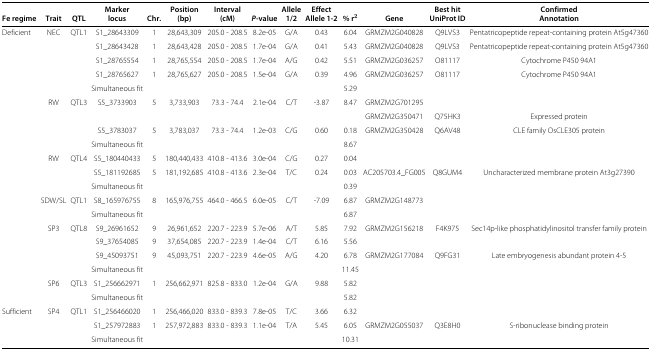
<table><thead><tr><td>[EMPTY_CELL]</td><td>[EMPTY_CELL]</td><td>[EMPTY_CELL]</td><td><b>Marker</b></td><td>[EMPTY_CELL]</td><td><b>Position</b></td><td><b>Interval</b></td><td>[EMPTY_CELL]</td><td><b>Allele</b></td><td><b>Effect</b></td><td>[EMPTY_CELL]</td><td>[EMPTY_CELL]</td><td><b>Best hit</b></td><td><b>Confirmed</b></td></tr><tr><td><b>Fe regime</b></td><td><b>Trait</b></td><td><b>QTL</b></td><td><b>locus</b></td><td><b>Chr.</b></td><td><b>(bp)</b></td><td><b>(cM)</b></td><td><b><i>P</i>-value</b></td><td><b>1/2</b></td><td><b>Allele 1-2</b></td><td><b>% r<sup>2</sup></b></td><td><b>Gene</b></td><td><b>UniProt ID</b></td><td><b>Annotation</b></td></tr></thead><tbody><tr><td>Deficient</td><td>NEC</td><td>QTL1</td><td>S1_28643309</td><td>1</td><td>28,643,309</td><td>205.0 - 208.5</td><td>8.2e-05</td><td>G/A</td><td>0.43</td><td>6.04</td><td>GRMZM2G040828</td><td>Q9LVS3</td><td>Pentatricopeptide repeat-containing protein At5g47360</td></tr><tr><td>[EMPTY_CELL]</td><td>[EMPTY_CELL]</td><td>[EMPTY_CELL]</td><td>S1_28643428</td><td>1</td><td>28,643,428</td><td>205.0 - 208.5</td><td>1.7e-04</td><td>G/A</td><td>0.41</td><td>5.43</td><td>GRMZM2G040828</td><td>Q9LVS3</td><td>Pentatricopeptide repeat-containing protein At5g47360</td></tr><tr><td>[EMPTY_CELL]</td><td>[EMPTY_CELL]</td><td>[EMPTY_CELL]</td><td>S1_28765554</td><td>1</td><td>28,765,554</td><td>205.0 - 208.5</td><td>1.7e-04</td><td>A/G</td><td>0.42</td><td>5.51</td><td>GRMZM2G036257</td><td>O81117</td><td>Cytochrome P450 94A1</td></tr><tr><td>[EMPTY_CELL]</td><td>[EMPTY_CELL]</td><td>[EMPTY_CELL]</td><td>S1_28765627</td><td>1</td><td>28,765,627</td><td>205.0 - 208.5</td><td>1.5e-04</td><td>G/A</td><td>0.39</td><td>4.96</td><td>GRMZM2G036257</td><td>O81117</td><td>Cytochrome P450 94A1</td></tr><tr><td>[EMPTY_CELL]</td><td>[EMPTY_CELL]</td><td>[EMPTY_CELL]</td><td>Simultaneous fit</td><td>[EMPTY_CELL]</td><td>[EMPTY_CELL]</td><td>[EMPTY_CELL]</td><td>[EMPTY_CELL]</td><td>[EMPTY_CELL]</td><td>[EMPTY_CELL]</td><td>5.29</td><td>[EMPTY_CELL]</td><td>[EMPTY_CELL]</td><td>[EMPTY_CELL]</td></tr><tr><td>[EMPTY_CELL]</td><td>RW</td><td>QTL3</td><td>S5_3733903</td><td>5</td><td>3,733,903</td><td>73.3 - 74.4</td><td>2.1e-04</td><td>C/T</td><td>-3.87</td><td>8.47</td><td>GRMZM2G701295</td><td>[EMPTY_CELL]</td><td>[EMPTY_CELL]</td></tr><tr><td>[EMPTY_CELL]</td><td>[EMPTY_CELL]</td><td>[EMPTY_CELL]</td><td>[EMPTY_CELL]</td><td>[EMPTY_CELL]</td><td>[EMPTY_CELL]</td><td>[EMPTY_CELL]</td><td>[EMPTY_CELL]</td><td>[EMPTY_CELL]</td><td>[EMPTY_CELL]</td><td>[EMPTY_CELL]</td><td>GRMZM2G350471</td><td>Q75HK3</td><td>Expressed protein</td></tr><tr><td>[EMPTY_CELL]</td><td>[EMPTY_CELL]</td><td>[EMPTY_CELL]</td><td>S5_3783037</td><td>5</td><td>3,783,037</td><td>73.3 - 74.4</td><td>1.2e-03</td><td>C/G</td><td>0.60</td><td>0.18</td><td>GRMZM2G350428</td><td>Q6AV48</td><td>CLE family OsCLE305 protein</td></tr><tr><td>[EMPTY_CELL]</td><td>[EMPTY_CELL]</td><td>[EMPTY_CELL]</td><td>Simultaneous fit</td><td>[EMPTY_CELL]</td><td>[EMPTY_CELL]</td><td>[EMPTY_CELL]</td><td>[EMPTY_CELL]</td><td>[EMPTY_CELL]</td><td>[EMPTY_CELL]</td><td>8.67</td><td>[EMPTY_CELL]</td><td>[EMPTY_CELL]</td><td>[EMPTY_CELL]</td></tr><tr><td>[EMPTY_CELL]</td><td>RW</td><td>QTL4</td><td>S5_180440433</td><td>5</td><td>180,440,433</td><td>410.8 - 413.6</td><td>3.0e-04</td><td>C/G</td><td>0.27</td><td>0.04</td><td>[EMPTY_CELL]</td><td>[EMPTY_CELL]</td><td>[EMPTY_CELL]</td></tr><tr><td>[EMPTY_CELL]</td><td>[EMPTY_CELL]</td><td>[EMPTY_CELL]</td><td>S5_181192685</td><td>5</td><td>181,192,685</td><td>410.8 - 413.6</td><td>2.3e-04</td><td>T/C</td><td>0.24</td><td>0.03</td><td>AC205703.4_FG005</td><td>Q8GUM4</td><td>Uncharacterized membrane protein At3g27390</td></tr><tr><td>[EMPTY_CELL]</td><td>[EMPTY_CELL]</td><td>[EMPTY_CELL]</td><td>Simultaneous fit</td><td>[EMPTY_CELL]</td><td>[EMPTY_CELL]</td><td>[EMPTY_CELL]</td><td>[EMPTY_CELL]</td><td>[EMPTY_CELL]</td><td>[EMPTY_CELL]</td><td>0.39</td><td>[EMPTY_CELL]</td><td>[EMPTY_CELL]</td><td>[EMPTY_CELL]</td></tr><tr><td>[EMPTY_CELL]</td><td>SDW/SL</td><td>QTL1</td><td>S8_165976755</td><td>8</td><td>165,976,755</td><td>464.0 - 466.5</td><td>6.0e-05</td><td>C/T</td><td>-7.09</td><td>6.87</td><td>GRMZM2G148773</td><td>[EMPTY_CELL]</td><td>[EMPTY_CELL]</td></tr><tr><td>[EMPTY_CELL]</td><td>[EMPTY_CELL]</td><td>[EMPTY_CELL]</td><td>Simultaneous fit</td><td>[EMPTY_CELL]</td><td>[EMPTY_CELL]</td><td>[EMPTY_CELL]</td><td>[EMPTY_CELL]</td><td>[EMPTY_CELL]</td><td>[EMPTY_CELL]</td><td>6.87</td><td>[EMPTY_CELL]</td><td>[EMPTY_CELL]</td><td>[EMPTY_CELL]</td></tr><tr><td>[EMPTY_CELL]</td><td>SP3</td><td>QTL8</td><td>S9_26961652</td><td>9</td><td>26,961,652</td><td>220.7 - 223.9</td><td>5.7e-06</td><td>A/T</td><td>5.85</td><td>7.92</td><td>GRMZM2G156218</td><td>F4K975</td><td>Sec14p-like phosphatidylinositol transfer family protein</td></tr><tr><td>[EMPTY_CELL]</td><td>[EMPTY_CELL]</td><td>[EMPTY_CELL]</td><td>S9_37654085</td><td>9</td><td>37,654,085</td><td>220.7 - 223.9</td><td>1.4e-04</td><td>C/T</td><td>6.16</td><td>5.56</td><td>[EMPTY_CELL]</td><td>[EMPTY_CELL]</td><td>[EMPTY_CELL]</td></tr><tr><td>[EMPTY_CELL]</td><td>[EMPTY_CELL]</td><td>[EMPTY_CELL]</td><td>S9_45093751</td><td>9</td><td>45,093,751</td><td>220.7 - 223.9</td><td>4.6e-05</td><td>A/G</td><td>4.20</td><td>6.78</td><td>GRMZM2G177084</td><td>Q9FG31</td><td>Late embryogenesis abundant protein 4-5</td></tr><tr><td>[EMPTY_CELL]</td><td>[EMPTY_CELL]</td><td>[EMPTY_CELL]</td><td>Simultaneous fit</td><td>[EMPTY_CELL]</td><td>[EMPTY_CELL]</td><td>[EMPTY_CELL]</td><td>[EMPTY_CELL]</td><td>[EMPTY_CELL]</td><td>[EMPTY_CELL]</td><td>11.45</td><td>[EMPTY_CELL]</td><td>[EMPTY_CELL]</td><td>[EMPTY_CELL]</td></tr><tr><td>[EMPTY_CELL]</td><td>SP6</td><td>QTL3</td><td>S1_256662971</td><td>1</td><td>256,662,971</td><td>825.8 - 833.0</td><td>1.2e-04</td><td>G/A</td><td>9.88</td><td>5.82</td><td>[EMPTY_CELL]</td><td>[EMPTY_CELL]</td><td>[EMPTY_CELL]</td></tr><tr><td>[EMPTY_CELL]</td><td>[EMPTY_CELL]</td><td>[EMPTY_CELL]</td><td>Simultaneous fit</td><td>[EMPTY_CELL]</td><td>[EMPTY_CELL]</td><td>[EMPTY_CELL]</td><td>[EMPTY_CELL]</td><td>[EMPTY_CELL]</td><td>[EMPTY_CELL]</td><td>5.82</td><td>[EMPTY_CELL]</td><td>[EMPTY_CELL]</td><td>[EMPTY_CELL]</td></tr><tr><td>Sufficient</td><td>SP4</td><td>QTL1</td><td>S1_256466020</td><td>1</td><td>256,466,020</td><td>833.0 - 839.3</td><td>7.8e-05</td><td>T/C</td><td>3.66</td><td>6.32</td><td>[EMPTY_CELL]</td><td>[EMPTY_CELL]</td><td>[EMPTY_CELL]</td></tr><tr><td>[EMPTY_CELL]</td><td>[EMPTY_CELL]</td><td>[EMPTY_CELL]</td><td>S1_257972883</td><td>1</td><td>257,972,883</td><td>833.0 - 839.3</td><td>1.1e-04</td><td>T/A</td><td>5.45</td><td>6.05</td><td>GRMZM2G055037</td><td>Q3E8H0</td><td>S-ribonuclease binding protein</td></tr><tr><td>[EMPTY_CELL]</td><td>[EMPTY_CELL]</td><td>[EMPTY_CELL]</td><td>Simultaneous fit</td><td>[EMPTY_CELL]</td><td>[EMPTY_CELL]</td><td>[EMPTY_CELL]</td><td>[EMPTY_CELL]</td><td>[EMPTY_CELL]</td><td>[EMPTY_CELL]</td><td>10.31</td><td>[EMPTY_CELL]</td><td>[EMPTY_CELL]</td><td>[EMPTY_CELL]</td></tr></tbody></table>